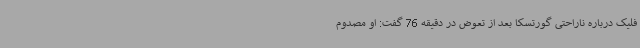
فلیک درباره ناراحتی گورتسکا بعد از تعوض در دقیقه 76 گفت: او مصدوم